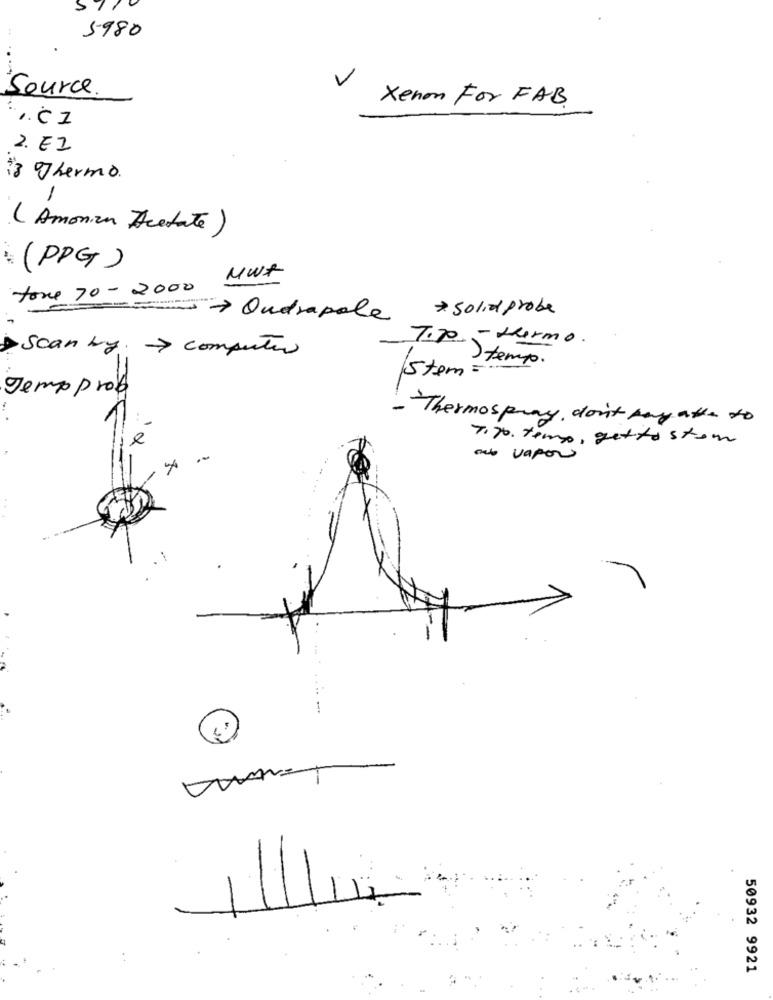
>
5980
Source
V
Xenon For FAB.
2. EZ
13 Thermo.
-
( Amonza Acetate)
: (PPG )
MWt
tore 70-2000
* solid probe
7 Ondrapole
7:jo - duermo.
Scanby -> computer
tempo.
Stem =
Jemp prob
- Thermospray, don't pay able to
e
7. 30. temo, getta ston
os vapor
50932 9921